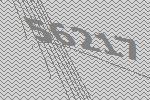
56217